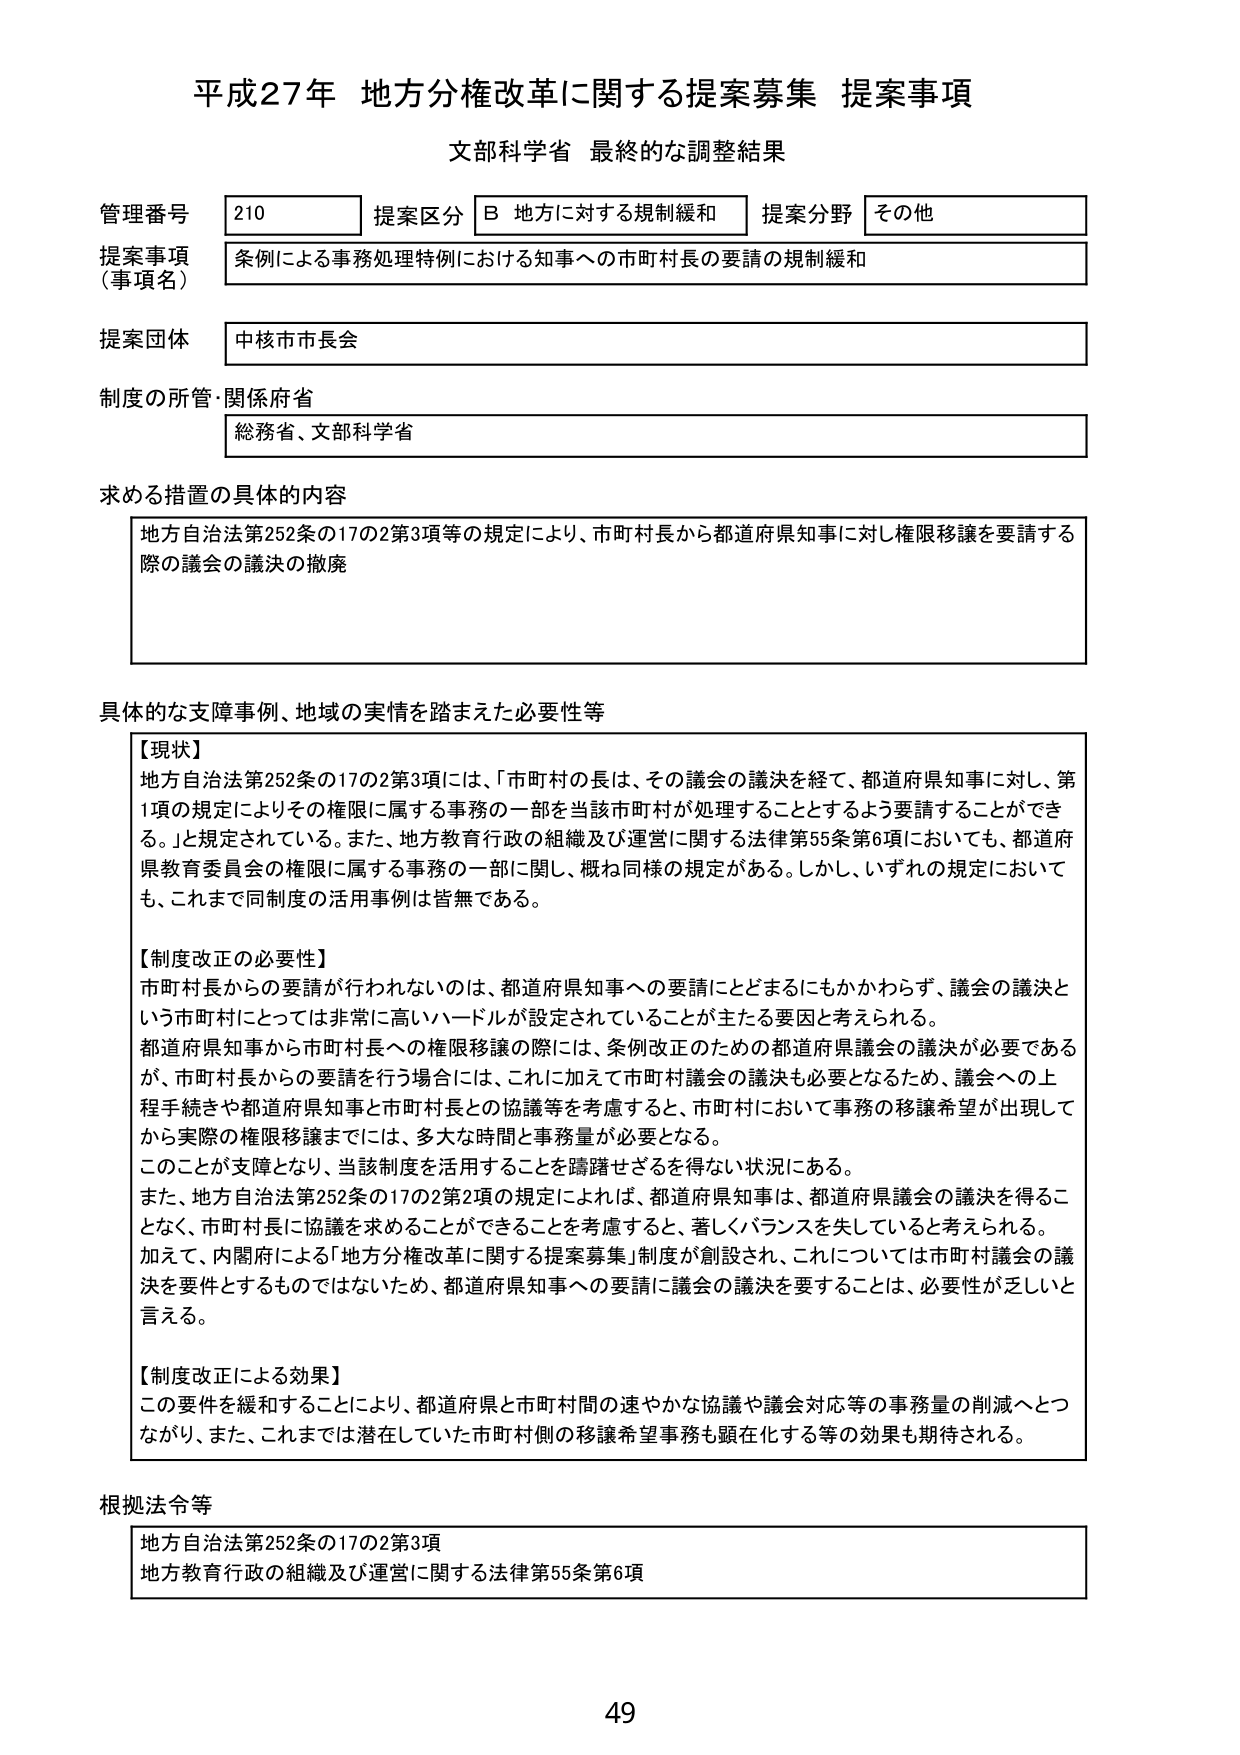
平成27年 地方分権改革に関する提案募集 提案事項
文部科学省 最終的な調整結果

管理番号 210 提案区分 B 地方に対する規制緩和 提案分野 その他
提案事項（事項名） 条例による事務処理特例における知事への市町村長の要請の規制緩和
提案団体 中核市市長会
制度の所管・関係府省 総務省、文部科学省

求める措置の具体的内容
地方自治法第252条の17の2第3項等の規定により、市町村長から都道府県知事に対し権限移譲を要請する際の議会の議決の撤廃

具体的な支障事例、地域の実情を踏まえた必要性等
【現状】
地方自治法第252条の17の2第3項には、「市町村の長は、その議会の議決を経て、都道府県知事に対し、第1項の規定によりその権限に属する事務の一部を当該市町村が処理することとするよう要請することができる。」と規定されている。また、地方教育行政の組織及び運営に関する法律第55条第6項においても、都道府県教育委員会の権限に属する事務の一部に関し、概ね同様の規定がある。しかし、いずれの規定においても、これまで同制度の活用事例は皆無である。

【制度改正の必要性】
市町村長からの要請が行われないのは、都道府県知事への要請にとどまることもかかわらず、議会の議決という市町村にとっては非常に高いハードルが設定されていることが主たる要因と考えられる。
都道府県知事から市町村長への権限移譲の際には、条例改正のための都道府県議会の議決が必要であるが、市町村長からの要請を行う場合には、これに加えて市町村議会の議決も必要となるため、議会への上程手続きや都道府県知事と市町村長との協議等を考慮すると、市町村において事務の移譲希望が出現してから実際の権限移譲までには、多大な時間と事務量が必要となる。
このことが支障となり、当該制度を活用することを躊躇せざるを得ない状況にある。
また、地方自治法第252条の17の2第2項の規定によれば、都道府県知事は、都道府県議会の議決を得ることなく、市町村長に協議を求めることができる点を考慮すると、著しくバランスを失していると考えられる。
加えて、内閣府による「地方分権改革に関する提案募集」制度が創設され、これについては市町村議会の議決を要件とするものではないため、都道府県知事への要請に議会の議決を要することは、必要性が乏しいと言える。

【制度改正による効果】
この要件を緩和することにより、都道府県と市町村間の速やかな協議や議会対応等の事務量の削減へとつながり、また、これまでは潜在していた市町村側の移譲希望事務も顕在化する等の効果も期待される。

根拠法令等
地方自治法第252条の17の2第3項
地方教育行政の組織及び運営に関する法律第55条第6項

49